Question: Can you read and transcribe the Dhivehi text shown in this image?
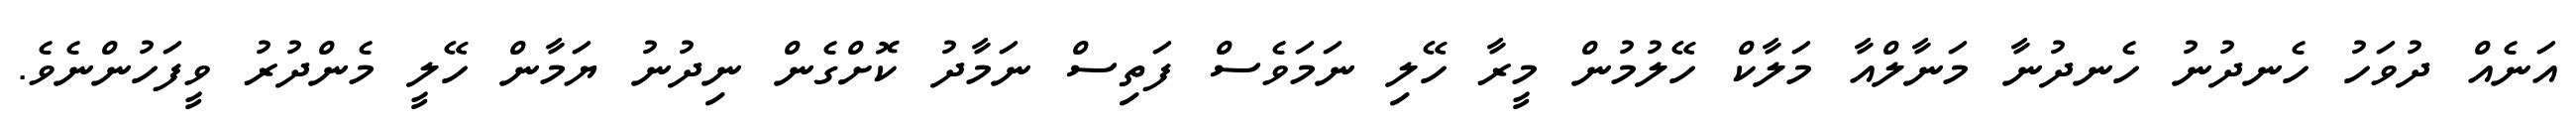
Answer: އަނެއް ދުވަހު ހެނދުނު ހެނދުނާ މަނާލްއާ މަލާކް ހޭލުމުން މީރާ ހޭލި ނަމަވެސް ފަތިސް ނަމާދު ކޮށްގެން ނިދުނު ޔަމާން ހޭލީ މެންދުރު ވީފަހުންނެވެ.